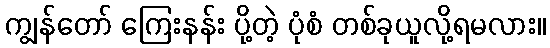
ကျွန်တော် ကြေးနန်း ပို့တဲ့ ပုံစံ တစ်ခုယူလို့ရမလား။